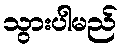
သွားပါမည်